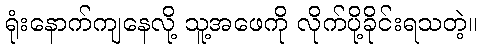
ရုံးနောက်ကျနေလို့ သူ့အဖေကို လိုက်ပို့ခိုင်းရသတဲ့။